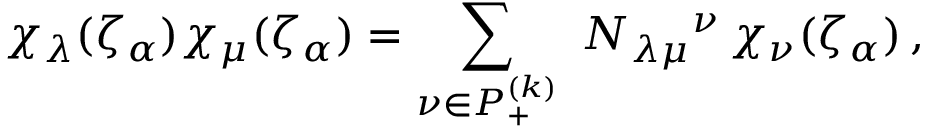
\chi _ { \lambda } ( \zeta _ { \alpha } ) \chi _ { \mu } ( \zeta _ { \alpha } ) = \sum _ { \nu \in P _ { + } ^ { ( k ) } } \ N _ { \lambda \mu } { } ^ { \nu } \, \chi _ { \nu } ( \zeta _ { \alpha } ) \, ,